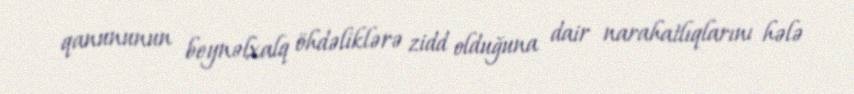
qanununun beynəlxalq öhdəliklərə zidd olduğuna dair narahatlıqlarını hələ